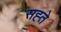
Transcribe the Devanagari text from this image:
सह्ते